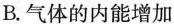
B.气体的内能增加